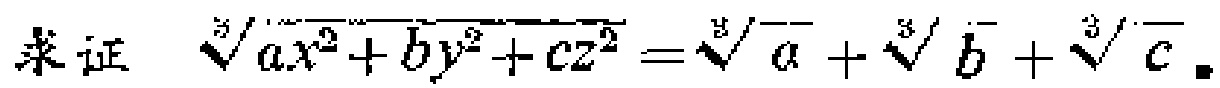
求证 $\sqrt[3]{ax^{2}+by^{2}+cz^{2}}=\sqrt[3]{a}+\sqrt[3]{b}+\sqrt[3]{c}$。